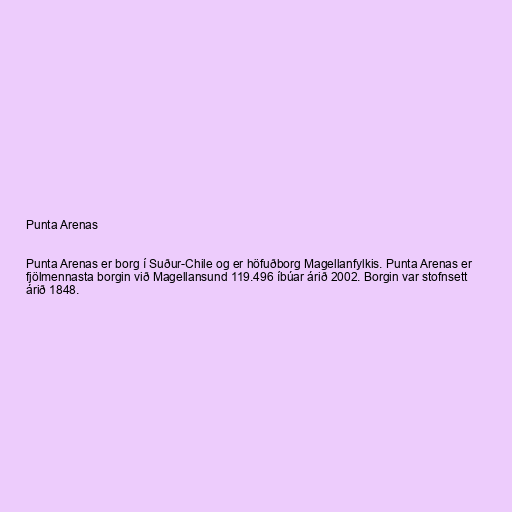
Punta Arenas

Punta Arenas er borg í Suður-Chile og er höfuðborg Magellanfylkis. Punta Arenas er
fjölmennasta borgin við Magellansund 119.496 íbúar árið 2002. Borgin var stofnsett
árið 1848.